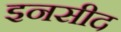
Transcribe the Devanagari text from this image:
इनसीद